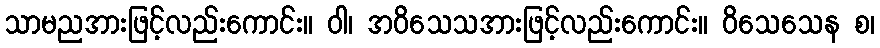
သာမညအားဖြင့်လည်းကောင်း။ ဝါ၊ အဝိသေသအားဖြင့်လည်းကောင်း။ ဝိသေသေန စ၊